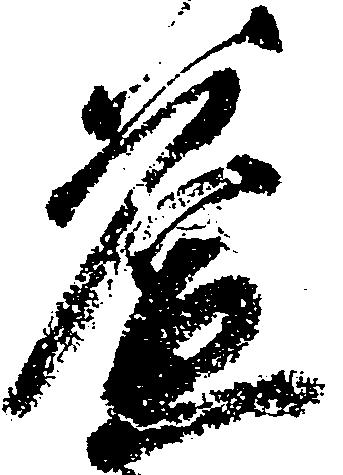
益